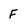
Character: F